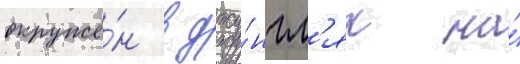
окружё́н в джу́нгл'ях на́